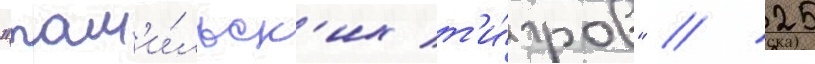
"там'и́льск'их т'и́гров" // 25